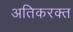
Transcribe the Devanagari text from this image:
अतिकरक्त